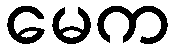
မေက